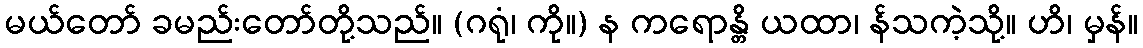
မယ်တော် ခမည်းတော်တို့သည်။ (ဂရုံ၊ ကို။) န ကရောန္တိ ယထာ၊ န်သကဲ့သို့။ ဟိ၊ မှန်။